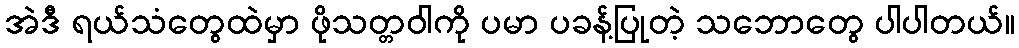
အဲဒီ ရယ်သံတွေထဲမှာ ဖိုသတ္တဝါကို ပမာ ပခန့်ပြုတဲ့ သဘောတွေ ပါပါတယ်။